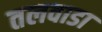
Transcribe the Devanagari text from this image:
तलवाडा